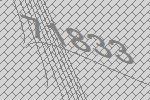
71833